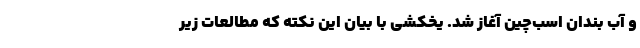
و آب بندان اسب‌چین آغاز شد. یخکشی با بیان این نکته که مطالعات زیر